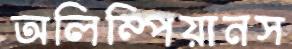
অলিম্পিয়ানস